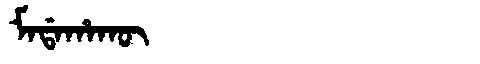
Manchu: ᠮᠠᡩᠠᡥᠠᡴᡡ
Romanization: MADAHAKŪ